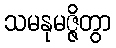
သမနုမဇ္ဇိတွာ